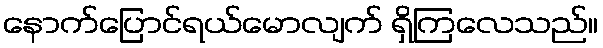
နောက်ပြောင်ရယ်မောလျက် ရှိကြလေသည်။